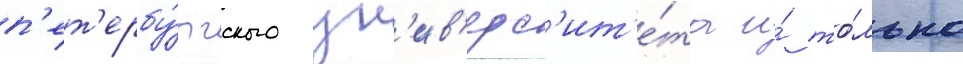
п'ет'ербу́ргского ун'ив'ерс'ит'е́та и́ то́лько